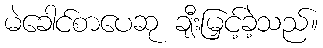
မဲခေါင်စာပေဆု ချီးမြှင့်ခဲ့သည်။